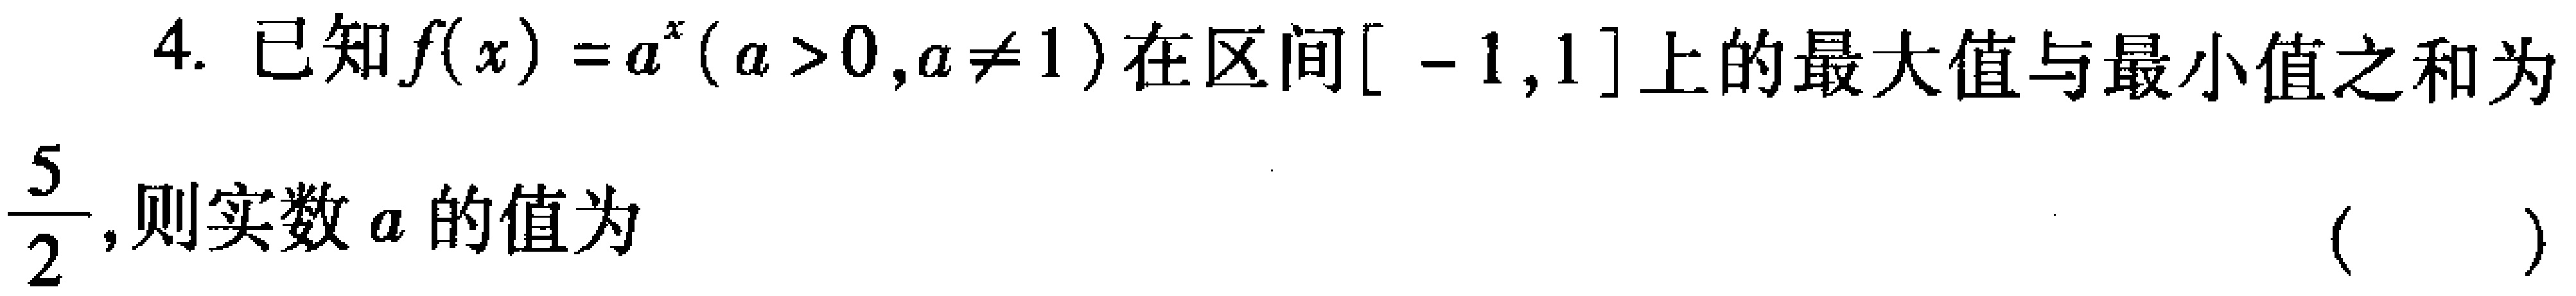
4. 已知$f(x)=a^{x}(a > 0,a\neq 1)$在区间$[-1,1]$上的最大值与最小值之和为$\dfrac{5}{2}$,则实数$a$的值为 （  ）